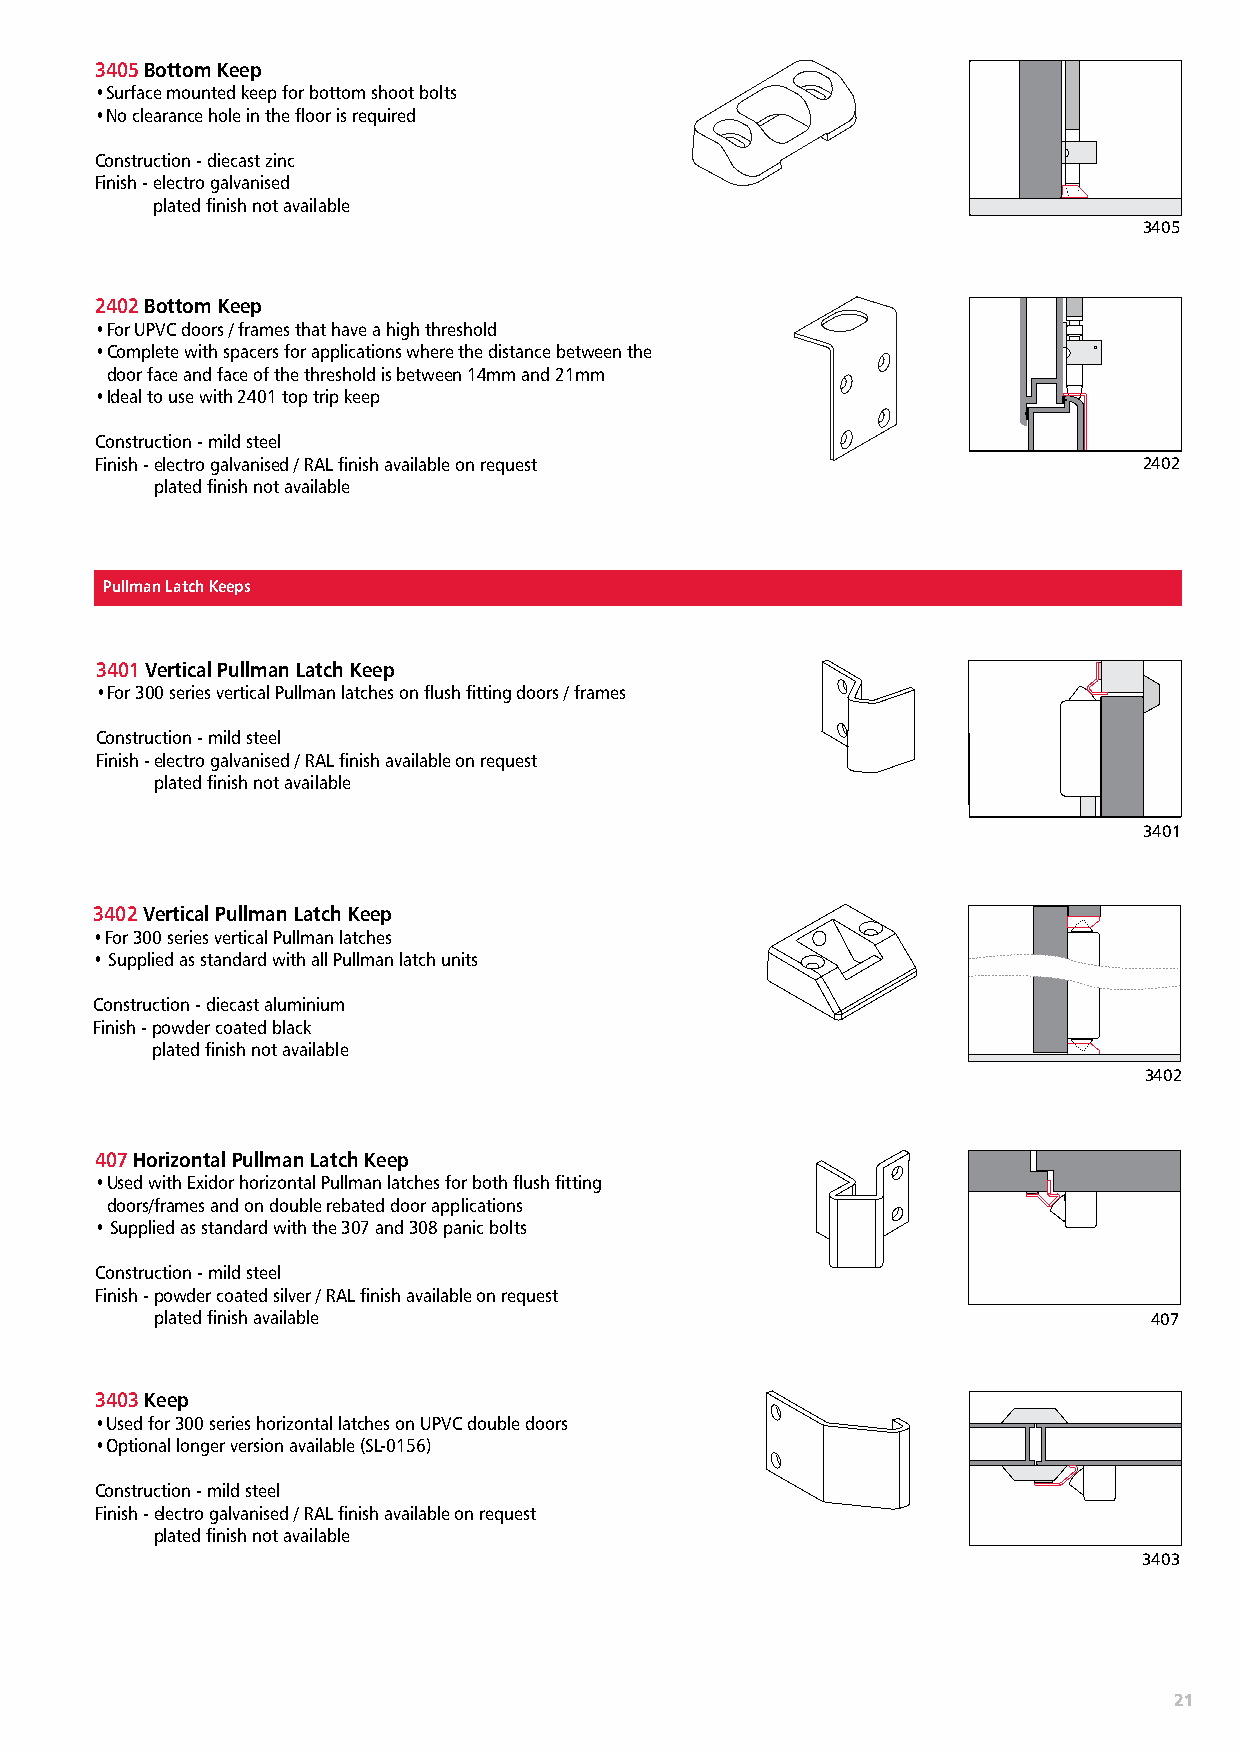
3405 Bottom Keep
 • Surface mounted keep for bottom shoot bolts
 • No clearance hole in the floor is required
 Construction - diecast zinc
 Finish - electro galvanised
 plated finish not available
 3405
 2402 Bottom Keep
 • For UPVC doors / frames that have a high threshold
 • Complete with spacers for applications where the distance between the
 door face and face of the threshold is between 14mm and 21mm
 • Ideal to use with 2401 top trip keep
 Construction - mild steel
 Finish - electro galvanised / RAL finish available on request         2402
 plated finish not available
 Pullman Latch Keeps
 3401 Vertical Pullman Latch Keep
 • For 300 series vertical Pullman latches on flush fitting doors / frames
 Construction - mild steel
 Finish - electro galvanised / RAL finish available on request
 plated finish not available
 3401
 3402 Vertical Pullman Latch Keep
 • For 300 series vertical Pullman latches
 • Supplied as standard with all Pullman latch units
 Construction - diecast aluminium
 Finish - powder coated black
 plated finish not available
 3402
 407 Horizontal Pullman Latch Keep
 • Used with Exidor horizontal Pullman latches for both flush fitting
 doors/frames and on double rebated door applications
 • Supplied as standard with the 307 and 308 panic bolts
 Construction - mild steel
 Finish - powder coated silver / RAL finish available on request
 plated finish available                                           407
 3403 Keep
 • Used for 300 series horizontal latches on UPVC double doors
 • Optional longer version available (SL-0156)
 Construction - mild steel
 Finish - electro galvanised / RAL finish available on request
 plated finish not available
 3403
 21